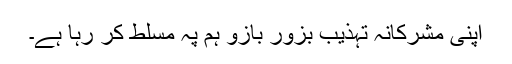
اپنی مشرکانہ تہذیب بزور بازو ہم پہ مسلط کر رہا ہے۔